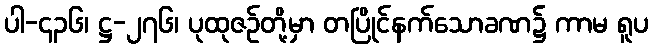
ပါ-၄၃၆၊ ဋ္ဌ-၂၇၆၊ ပုထုဇဉ်တို့မှာ တပြိုင်နက်သောခဏ၌ ကာမ ရူပ